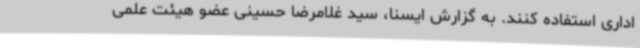
اداری استفاده کنند. به گزارش ایسنا، سید غلامرضا حسینی عضو هیئت علمی